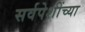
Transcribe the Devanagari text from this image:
सर्वपेशींच्या